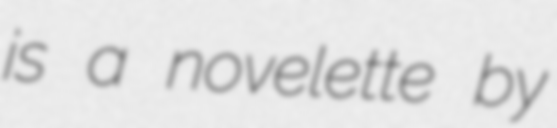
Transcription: is a novelette by